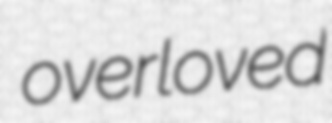
overloved